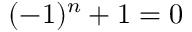
( - 1 ) ^ { n } + 1 = 0